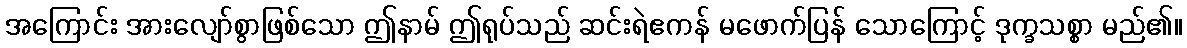
အကြောင်း အားလျော်စွာဖြစ်သော ဤနာမ် ဤရုပ်သည် ဆင်းရဲဧကန် မဖောက်ပြန် သောကြောင့် ဒုက္ခသစ္စာ မည်၏။